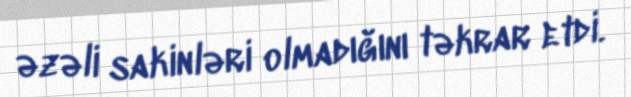
əzəli sakinləri olmadığını təkrar etdi.